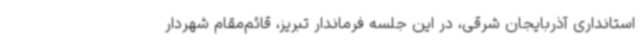
استانداری آذربایجان شرقی، در این جلسه فرماندار تبریز، قائم‌مقام شهردار